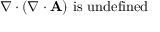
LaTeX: \nabla \cdot ( \nabla \cdot \mathbf { A } ) { \mathrm { ~ i s ~ u n d e f i n e d } }